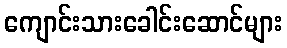
ကျောင်းသားခေါင်းဆောင်များ